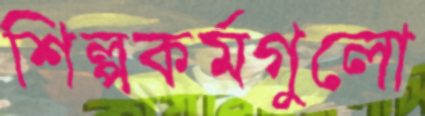
শিল্পকর্মগুলো